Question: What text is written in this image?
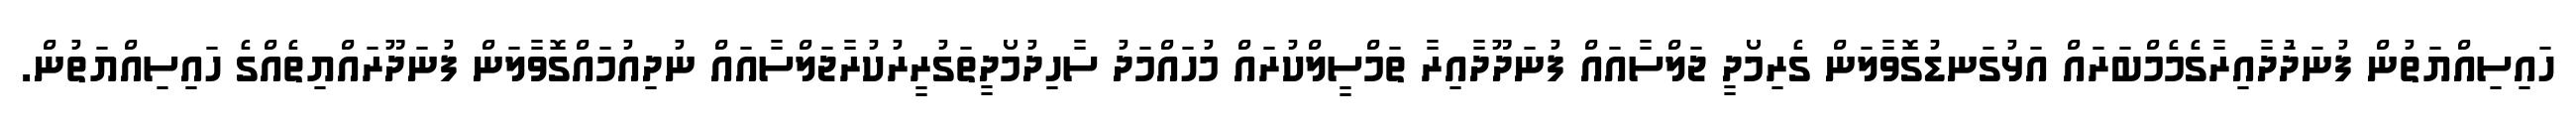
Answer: ހައިސިއްޔަތުން ފުނަދަުދާއިރާގެމެމްބަރައް އަޅުގަނޑުގޮވާލަން ގެރިމޯދީ ޖަލްސާއައް ފުނަދޫދާއިރާ ތަމްސީލްކުރައް މުހައްމަދު ސާހިދުމޯދީތަގުރީރުކުރާޖަލްސާއައް ނުދިއުމައްގޮވާލަން ފުނަދޫރައްޔިތެއްގެ ހައިސިއްޔަތުން.